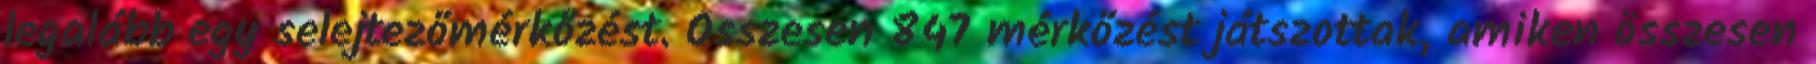
legalább egy selejtezőmérkőzést. Összesen 847 mérkőzést játszottak, amiken összesen